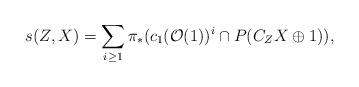
LaTeX: \begin{align*}s(Z, X) = \sum_{i\geq 1} \pi_{*}( c_{1}(\mathcal{O}(1))^{i}\cap P(C_{Z}X \oplus 1)),\end{align*}